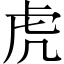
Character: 虎